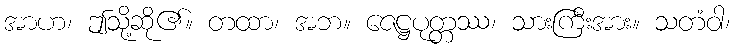
အာဟ၊ ဤသို့ဆို၏။ တထာ၊ အဘ။ ဇေဋ္ဌပုတ္တဿ၊ သားကြီးအား။ သတံဝါ၊